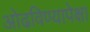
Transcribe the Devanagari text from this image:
ओढविण्यापेक्षा